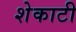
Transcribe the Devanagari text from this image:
शेकाटी